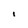
Character: I